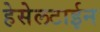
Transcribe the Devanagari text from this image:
हेसेलटाईन